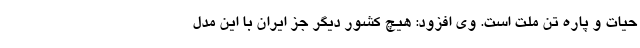
حیات و پاره تن ملت است. وی افزود: هیچ کشور دیگر جز ایران با این مدل